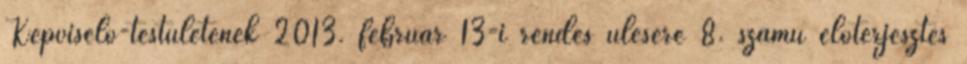
Képviselő-testületének 2013. február 13-i rendes ülésére 8. számú előterjesztés